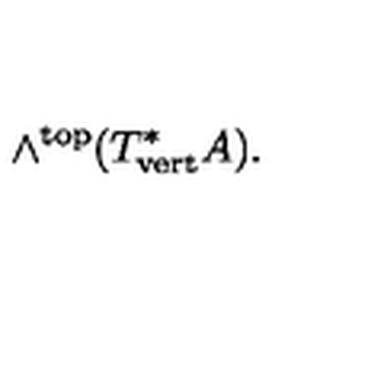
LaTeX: \wedge ^ { \mathrm { t o p } } ( T _ { \mathrm { v e r t } } ^ { * } A ) .